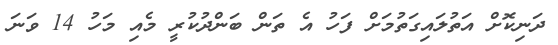
ދަނިކޮށް އަތުލައިގަތުމަށް ފަހު އެ ތަން ބަންދުކުރީ މެެއި މަހު 14 ވަނަ